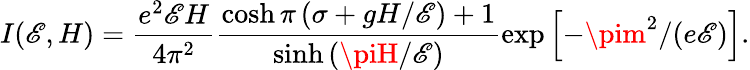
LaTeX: I(\mathscr{E},H)=\frac{{e^{2}\mathscr{E}H}}{{4\pi^{2}}}\frac{{\cosh\pi\left(\sigma+gH/\mathscr{E}\right)+1}}{{\sinh\left(\piH/\mathscr{E}\right)}}\exp\left[-\pim^{2}/(e\mathscr{E})\right].